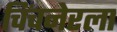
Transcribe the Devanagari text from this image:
चिंचनेरला